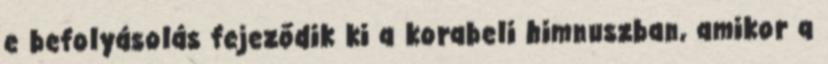
e befolyásolás fejeződik ki a korabeli himnuszban, amikor a